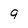
Character: 9